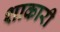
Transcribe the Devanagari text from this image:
शाकारी